Report on vaccination in Madras 1895-1903 - 1895-1903
Year: 1895
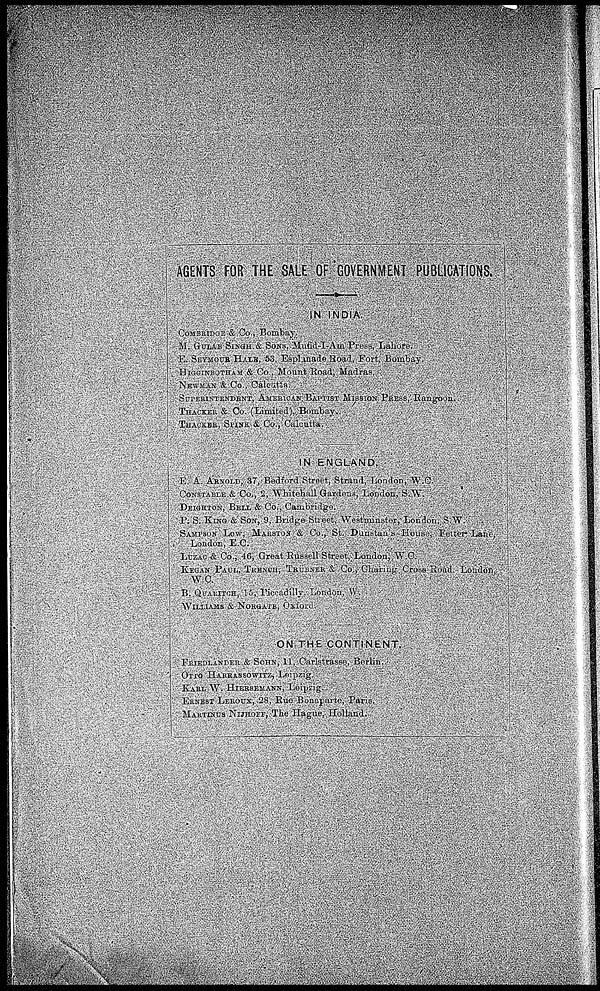
AGENTS FOR THE SALE OF GOVERNMENT PUBLICATIONS.
IN INDIA.
COMBRIDGE & Co., Bombay.
M. GULAB SINGH & SONS, Mufid-I-Am Press, Lahore.
E. SEYMOUR HALE, 53, Esplanade Road, Fort, Bombay.
HIGGINBOTHAM & Co . Mount Road, Madras.
NEWMAN & Co., Calcatta.
SUPERINTENDENT, AMERICAN BAPTIST MISSION PRESS, Rangoon.
THACKER & Co. (Limited), Bombay.
THACKER, SPINE & Co., Calcutta.
IN ENGLAND.
E. A. ARNOLD, 37, Bedford Street, Strand, London, W.C.
CONSTABLE & Co., 2, Whitehall Gardens, London. S.W.
DEIGHTON, BELL & Co., Cambridge.
P. S. KING & SON, 9, Bridge Street, Westminster, London. S.W.
SAMPSON LOW. MARSTON & Co., St. Dunstan's House, Fetter Lane,
London, E.C.
LUZAC & Co., 46, Great Russell Street, London, W.C.
KEGAN PAUL, TRENCH, TRÜBNER & Co., Charing Crose Road. London,
W.C.
B. QUARITCH, 15, Piccadilly, London. W.
WILLIAMS & NORGATE, Oxford.
ON THE CONTINENT.
FRIEDLÄNDER & SOHN, 11, Carlstrasse, Berlin.
OTTO HARRASSOWITZ, Leipzig.
KARL W. HIERSEMANN, Leipzig.
ERNEST LEROUX, 28, Rue Bonaparte, Paris.
MARTINUS NIJHOFF, The Hague, Holland.